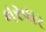
નરવાર